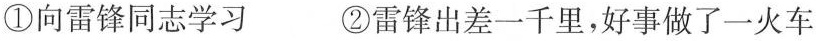
①向雷锋同志学习 ②雷锋出差一千里，好事做了一火车